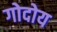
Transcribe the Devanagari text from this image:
गोदोय